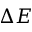
\Delta E